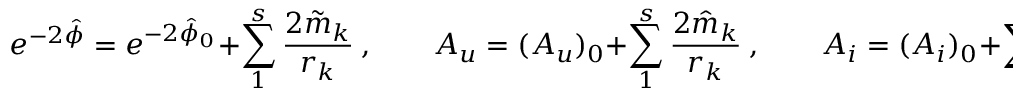
e ^ { - 2 \hat { \phi } } = e ^ { - 2 \hat { \phi } _ { 0 } } + \sum _ { 1 } ^ { s } { \frac { 2 \tilde { m } _ { k } } { r _ { k } } } \ , \qquad A _ { u } = ( A _ { u } ) _ { 0 } + \sum _ { 1 } ^ { s } { \frac { 2 \hat { m } _ { k } } { r _ { k } } } \ , \qquad A _ { i } = ( A _ { i } ) _ { 0 } + \sum _ { 1 } ^ { s } { \frac { 2 ( q _ { k } ) _ { i } } { r _ { k } } } \ , \qquad i = 4 , \dots 9 .